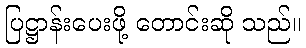
ပြဋ္ဌာန်းပေးဖို့ တောင်းဆို သည်။